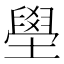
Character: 壆